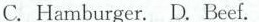
C. Hamburger. D. Beef.